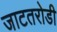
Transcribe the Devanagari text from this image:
जाटतरोडी